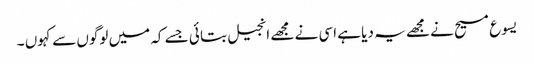
یسوع مسیح نے مجھے یہ دیا ہے اسی نے مجھے انجیل بتا ئی جسے کہ میں لوگوں سے کہوں ۔